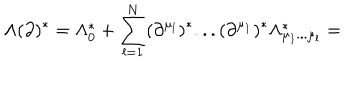
\Lambda ( \partial ) ^ { * } = \Lambda _ { 0 } ^ { * } + \sum _ { l = 1 } ^ { N } ( \partial ^ { \mu _ { l } } ) ^ { * } . . . ( \partial ^ { \mu _ { 1 } } ) ^ { * } \Lambda _ { \mu _ { 1 } . . . \mu _ { l } } ^ { * } =